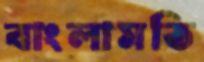
বাংলামতি